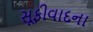
સૂફીવાદના